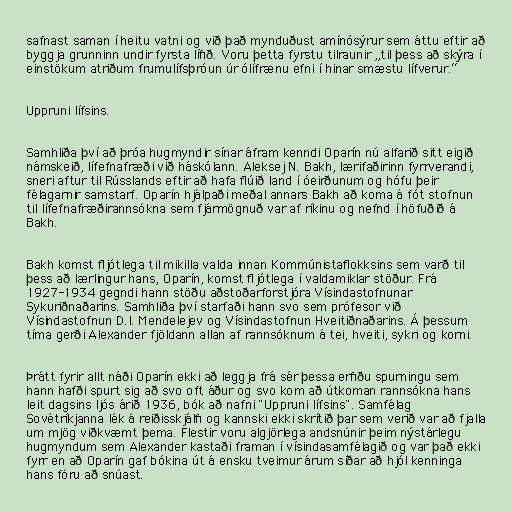
safnast saman í heitu vatni og við það mynduðust amínósýrur sem áttu eftir að
byggja grunninn undir fyrsta lífið. Voru þetta fyrstu tilraunir „til þess að skýra í
einstökum atriðum frumulífsþróun úr ólífrænu efni í hinar smæstu lífverur.“

Uppruni lífsins.

Samhliða því að þróa hugmyndir sínar áfram kenndi Oparín nú alfarið sitt eigið
námskeið, lífefnafræði við háskólann. Aleksej N. Bakh, lærifaðirinn fyrrverandi,
sneri aftur til Rússlands eftir að hafa flúið land í óeirðunum og hófu þeir
félagarnir samstarf. Oparín hjálpaði meðal annars Bakh að koma á fót stofnun
til lífefnafræðirannsókna sem fjármögnuð var af ríkinu og nefnd í höfuðið á
Bakh.

Bakh komst fljótlega til mikilla valda innan Kommúnistaflokksins sem varð til
þess að lærlingur hans, Oparín, komst fljótlega í valdamiklar stöður. Frá
1927-1934 gegndi hann stöðu aðstoðarforstjóra Vísindastofnunar
Sykuriðnaðarins. Samhliða því starfaði hann svo sem prófesor við
Vísindastofnun D.I. Mendelejev og Vísindastofnun Hveitiðnaðarins. Á þessum
tíma gerði Alexander fjöldann allan af rannsóknum á tei, hveiti, sykri og korni.

Þrátt fyrir allt náði Oparín ekki að leggja frá sér þessa erfiðu spurningu sem
hann hafði spurt sig að svo oft áður og svo kom að útkoman rannsókna hans
leit dagsins ljós árið 1936, bók að nafni "Uppruni lífsins". Samfélag
Sovétríkjanna lék á reiðisskjálfi og kannski ekki skrítið þar sem verið var að fjalla
um mjög viðkvæmt þema. Flestir voru algjörlega andsnúnir þeim nýstárlegu
hugmyndum sem Alexander kastaði framan í vísindasamfélagið og var það ekki
fyrr en að Oparín gaf bókina út á ensku tveimur árum síðar að hjól kenninga
hans fóru að snúast.